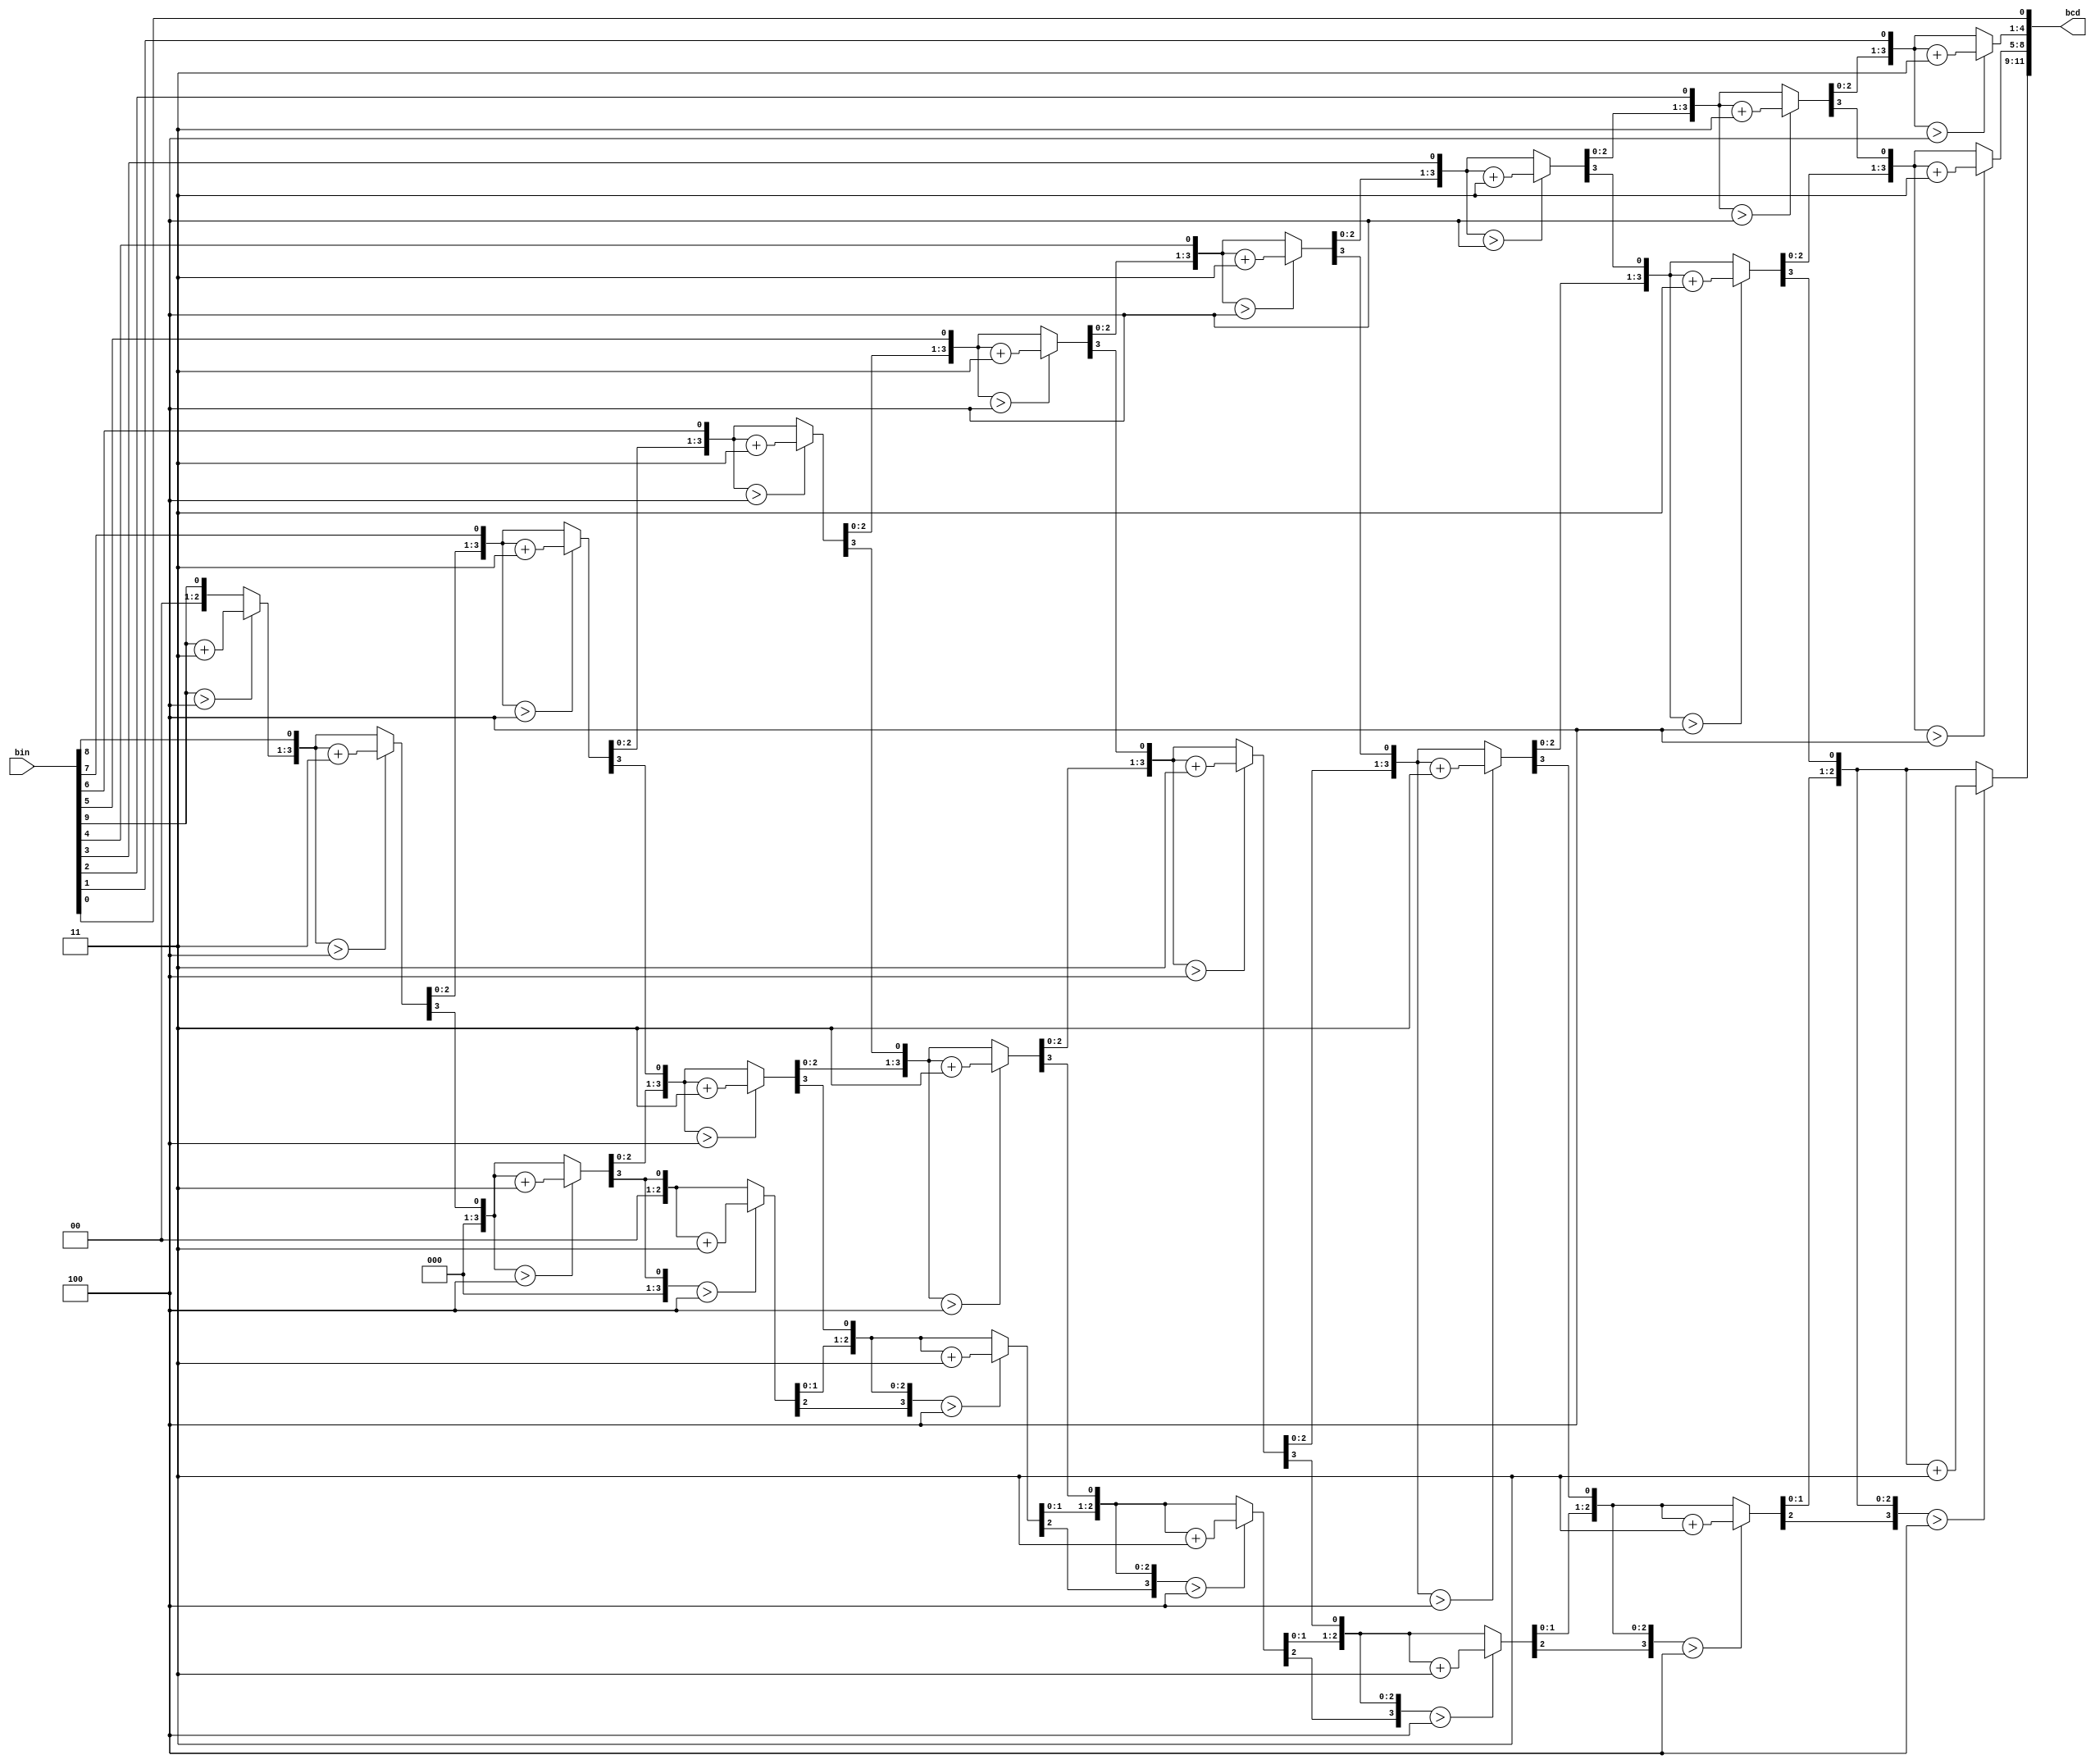
module bin2bcd(
//input ports
input [9:0] bin,
//output ports
output reg [11:0] bcd
);
//Internal variables
reg [3:0] i;

//Always block
always @(bin)
begin
bcd = 0; //initialize bcd to zero.
for (i = 0; i < 10; i = i+1) //run for 10 iterations
begin
bcd = {bcd[10:0],bin[9-i]}; //concatenation

//if a hex digit of 'bcd' is more than 4, add 3 to it.  
if(i < 9 && bcd[3:0] > 4)
bcd[3:0] = bcd[3:0] + 3;
if(i < 9 && bcd[7:4] > 4)
bcd[7:4] = bcd[7:4] + 3;
if(i < 9 && bcd[11:8] > 4)
bcd[11:8] = bcd[11:8] + 3;  
end
end

endmodule